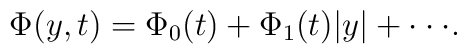
\Phi(y,t)=\Phi_0(t)+ \Phi_1(t) \vert y \vert + \cdot \cdot \cdot.